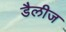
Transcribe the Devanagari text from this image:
डैलीज